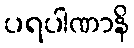
ပရပါဏာနိ